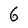
Character: 6